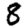
Digit: 8